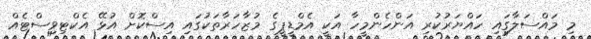
މި މައްސަލާގައި ހައްޔަރުކުރި އަންހެންމީހާ އަކީ އެމްޑީޕީގެ މުޒާހަރާތަކުގައި އިސްކޮށް އުޅޭ އެކްޓިވިސްޓެއް